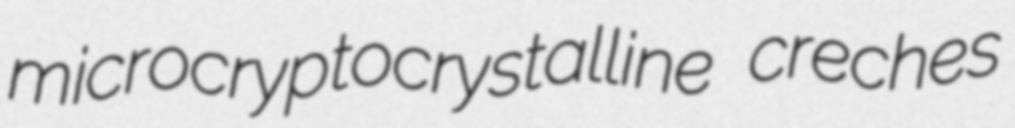
microcryptocrystalline creches